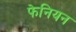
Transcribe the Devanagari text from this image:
फेनियन